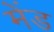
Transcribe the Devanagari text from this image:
मेंड